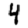
Digit: 4